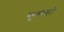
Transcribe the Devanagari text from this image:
कुबाव्ही